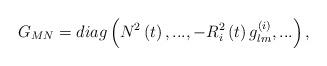
LaTeX: \begin{align*}G_{MN}=diag\left( N^2\left( t\right) ,...,-R_i^2\left( t\right)g_{lm}^{(i)},...\right) , \end{align*}